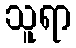
သူရာ